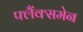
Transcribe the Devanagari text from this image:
फ्लैंक्समेन